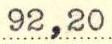
92,20